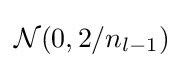
{\mathcal {N}}(0,2/n_{l-1})